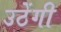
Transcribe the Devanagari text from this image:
उठेंगी